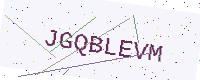
Text: JGQBLEVM